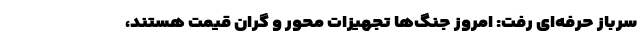
سرباز حرفه‌ای رفت: امروز جنگ‌ها تجهیزات ‌محور و گران‌ قیمت هستند،